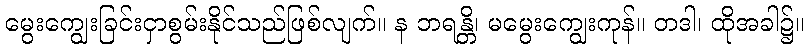
မွေးကျွေးခြင်းငှာစွမ်းနိုင်သည်ဖြစ်လျက်။ န ဘရန္တိ၊ မမွေးကျွေးကုန်။ တဒါ၊ ထိုအခါ၌။